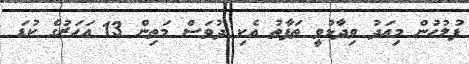
ފުލުހުން މިއަދު ވިދާޅުވީ ތަފާތު އެކި ދުވަސް މަތިން 13 އަހަރުގެ ކުޑަ